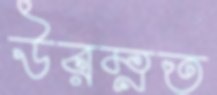
উরম্নত